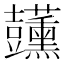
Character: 𧰣